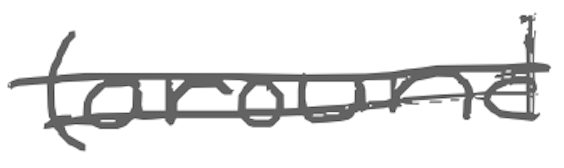
Text: (around
Cross-out: double-line
Writing tool: digital_gray